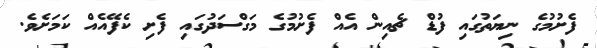
ފެށުމުގެ ނިޔަތުގައި ފުޑް ޗެއިން އެއް ފެށުމުގެ މަގްސަދުގައި ފެށި ކެފޭއެއް ކަމަށެވެ.